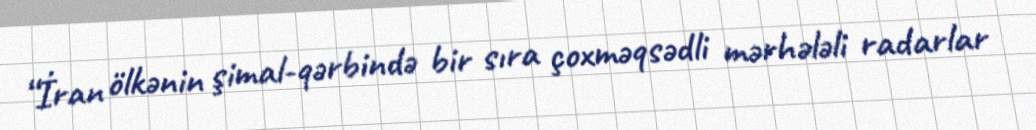
“İran ölkənin şimal-qərbində bir sıra çoxməqsədli mərhələli radarlar